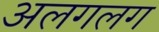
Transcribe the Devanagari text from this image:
अलगलग